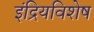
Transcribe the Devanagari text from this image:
इंद्रियविशेष